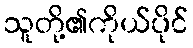
သူတို့၏ကိုယ်ပိုင်